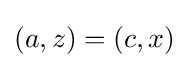
(a,z)=(c,x)